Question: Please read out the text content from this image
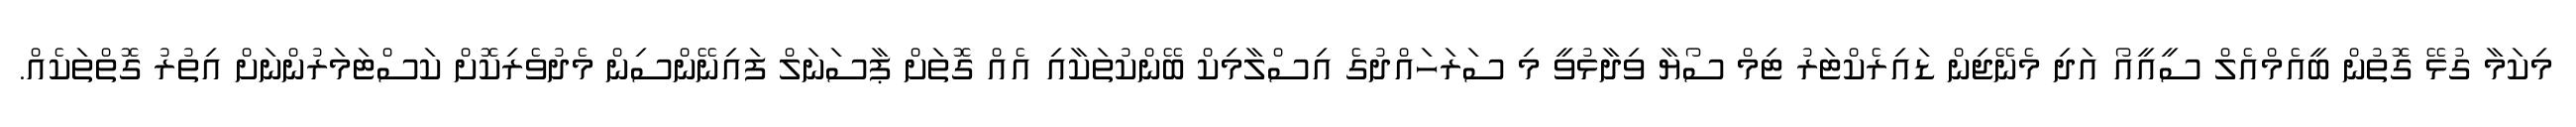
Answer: މިކަމާ ގުޅޭ ގޮތުން ބީއެމްއެލް ސީއީއޯ އަދި މެނޭޖިން ޑައިރެކްޓަރު ޓިމް ސޯޔާ ވިދާޅުވީ މި ސަރަހައްދުގެ އިސްލާމިކް ބޭންކުތަކާއި އެއް ގޮތަށް ޕާސަނަލް ފައިނޭންސިން މެދުވެރިކޮށް ކަސްޓަމަރުންނަށް އިތުރު ގޮތްތަކެއް.